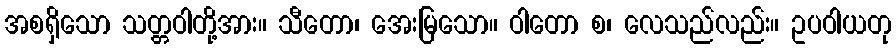
အစရှိသော သတ္တဝါတို့အား။ သီတော၊ အေးမြသော။ ဝါတော စ၊ လေသည်လည်း။ ဥပဝါယတု